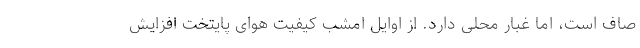
صاف است، اما غبار محلی دارد. از اوایل امشب کیفیت هوای پایتخت افزایش